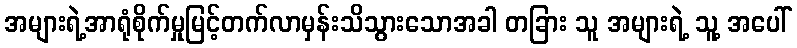
အများရဲ့အာရုံစိုက်မှုမြင့်တက်လာမှန်းသိသွားသောအခါ တခြား သူ အများရဲ့ သူ့ အပေါ်